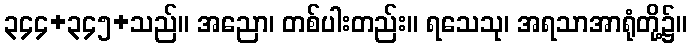
၃၄၄+၃၄၅+သည်။ အညော၊ တစ်ပါးတည်း။ ရသေသု၊ အရသာအာရုံတို့၌။